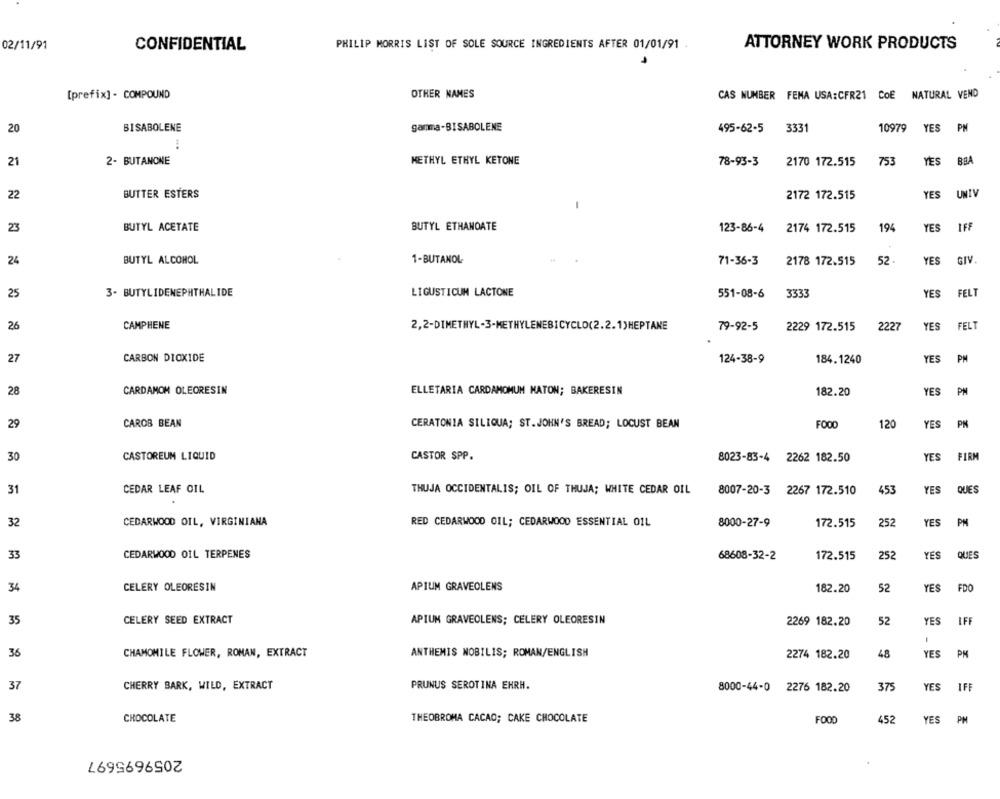
02/11/91
CONFIDENTIAL
PHILIP MORRIS LIST OF SOLE SOURCE INGREDIENTS AFTER 01/01/91
ATTORNEY WORK PRODUCTS
7
[prefix] - COMPOUND
OTHER NAMES
CAS NUMBER FEMA USA:CFR21 COE NATURAL VEND
20
BISABOLENE
gamma-BISABOLENE
3331
10979 YES PM
495-62-5
2- BUTANONE
METHYL ETHYL KETONE
BBA
21
78-93-3
2170 172.515
753
YES
22
BUTTER ESTERS
2172 172.515
YES
UNIV
23
BUTYL ACETATE
BUTYL ETHANOATE
123-86-4
2174 172.515
194
YES
IF
24
BUTYL ALCOHOL
1-BUTANOL
71-36-3
2178 172.515
52
YES
GIV
25
3. BUTYLIDENEPHTHALIDE
LIGUSTICUM LACTONE
551-08-6
3333
YES
FELT
26
CAMPHENE
2,2-DIMETHYL-3-METHYLENEBICYCLO(2.2.1)HEPTANE
79-92-5
2229 172.515
2227
YES
FELT
27
CARBON DIOXIDE
124-38-9
184.1240
YES
PM
28
CARDAMOM OLEORESIN
ELLETARIA CARDAMOMUM MATON; BAKERESIN
182.20
YES
PM
29
CAROS BEAN
CERATONIA SILIQUA; ST.JOHN'S BREAD; LOCUST BEAN
FOOD
120
YES
30
CASTOREUM LIQUID
CASTOR SPP.
8023-83-4 2262 182.50
YES
FIRM
31
CEDAR LEAF OIL
THUJA OCCIDENTALIS; OIL OF THUJA; WHITE CEDAR OIL
8007-20-3 2267 172.510
453
YES
QUES
32
CEDARWOOD OIL, VIRGINIANA
RED CEDARWOOD OIL; CEDARWOOD ESSENTIAL OIL
8000-27-9
172.515
252
YES
PM
33
CEDARWOOD OIL TERPENES
68608-32-2
172.515
252
YES
QUES
34
CELERY OLEORESIN
APIUM GRAVEOLENS
182.20
52
YES
FDO
35
CELERY SEED EXTRACT
APIUM GRAVEOLENS; CELERY OLEORESIN
2269 182.20
52
YES
IFF
36
CHAMOMILE FLOWER, ROMAN, EXTRACT
ANTHEMIS NOBILIS; ROMAN/ENGLISH
2274 182.20
48
YES
PM
37
CHERRY BARK, WILD, EXTRACT
PRUNUS SEROTINA EHRH.
8000-44-0 2276 182.20
375
YES
IFF
38
CHOCOLATE
THEOBROMA CACAO; CAKE CHOCOLATE
FOOD
452
YES
PM
2059695697